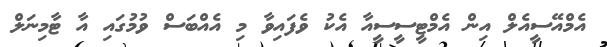
އެމްއޭސީއެލް އިން އެމްޓީސީސީއާ އެކު ވެފައިވާ މި އެއްބަސް ވުމުގައި އާ ޓާމިނަލް